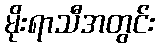
မိုးရာသီအတွင်း